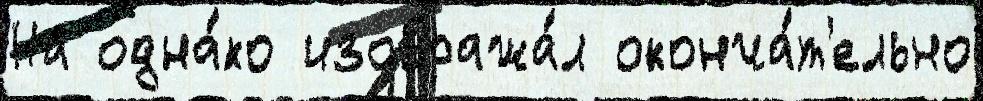
На одна́ко изобража́л оконча́т'ельно